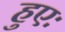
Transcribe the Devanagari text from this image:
हुएः